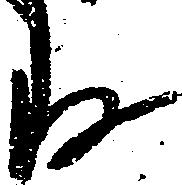
存